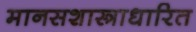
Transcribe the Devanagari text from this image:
मानसशास्त्राधारित